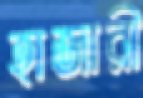
হাজারী